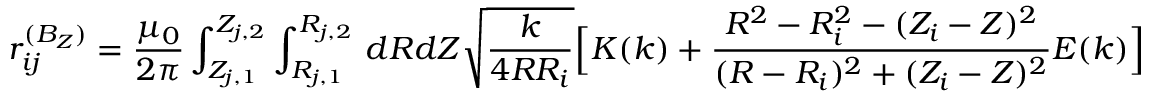
r _ { i j } ^ { ( B _ { Z } ) } = \frac { \mu _ { 0 } } { 2 \pi } \int _ { Z _ { j , 1 } } ^ { Z _ { j , 2 } } \int _ { R _ { j , 1 } } ^ { R _ { j , 2 } } \, d R d Z \sqrt { \frac { k } { 4 R R _ { i } } } \Big [ K ( k ) + \frac { R ^ { 2 } - R _ { i } ^ { 2 } - ( Z _ { i } - Z ) ^ { 2 } } { ( R - R _ { i } ) ^ { 2 } + ( Z _ { i } - Z ) ^ { 2 } } E ( k ) \Big ]